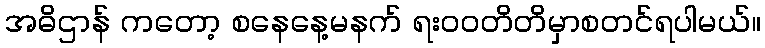
အဓိဌာန် ကတော့ စနေနေ့မနက် ရး၀၀တိတိမှာစတင်ရပါမယ်။